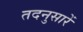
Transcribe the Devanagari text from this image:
तदनुसारें